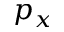
p _ { x }